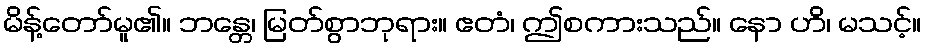
မိန့်တော်မူ၏။ ဘန္တေ၊ မြတ်စွာဘုရား။ ဧတံ၊ ဤစကားသည်။ နော ဟိ၊ မသင့်။